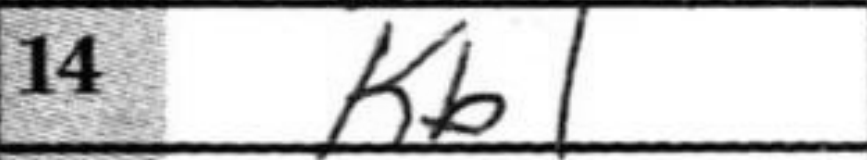
Transcription: Kb1